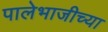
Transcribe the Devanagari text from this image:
पालेभाजीच्या